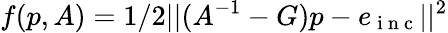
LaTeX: f(p,A)=1/2||(A^{-1}-G)p-e_{\mathrm{~i~n~c~}}||^{2}